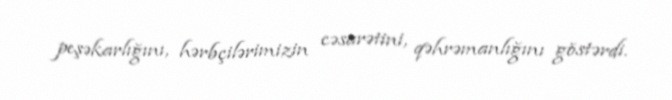
peşəkarlığını, hərbçilərimizin cəsarətini, qəhrəmanlığını göstərdi.